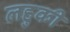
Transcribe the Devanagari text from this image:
लहुकी